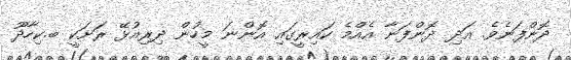
ދޮންފަނެވެ. އަދި ދޮންފަނާ އެއްމެ ކައިރީގައި އޮންނަ މީހުން ދިރިއުޅޭ ރަށަކީ ބ.ކިހާދޫ